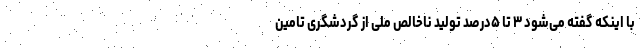
با اینکه گفته می‌شود ۳ تا ۵درصد تولید ناخالص ملی از گردشگری تامین